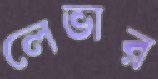
লেভার